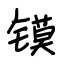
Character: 镆